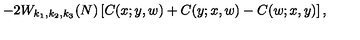
- 2 W _ { k _ { 1 } , k _ { 2 } , k _ { 3 } } ( N ) \left[ C ( x ; y , w ) + C ( y ; x , w ) - C ( w ; x , y ) \right] ,